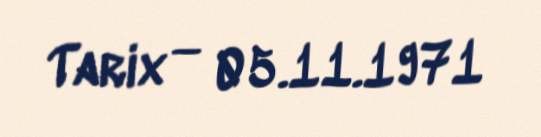
Tarix — 05.11.1971